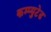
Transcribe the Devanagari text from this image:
कम्प्युटेड